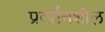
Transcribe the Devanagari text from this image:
प्रवर्तनशील